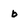
Character: b